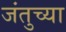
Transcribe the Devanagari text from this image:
जंतुच्या